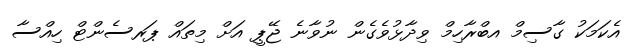
އެކަމަކު ގާސިމް އބްރާހިމް ވިދާޅުވެގެން ނުވާނެ ޖޭޕީ އަށް މިތައް ޕަރސެންޓް ހިއްސާ